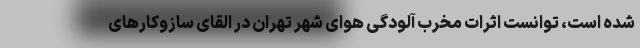
شده است، توانست اثرات مخرب آلودگی هوای شهر تهران در القای سازوکارهای